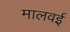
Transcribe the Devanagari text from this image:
मालवई